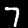
Digit: 7